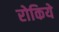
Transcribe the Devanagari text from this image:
रोकिये